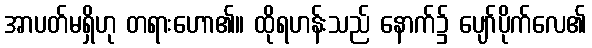
အာပတ်မရှိဟု တရားဟော၏။ ထိုရဟန်းသည် နောက်၌ ပျော်ပိုက်လေ၏